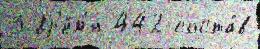
3 вр'е́м'я 442 соста́в